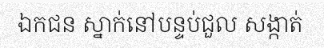
ឯកជន ស្នាក់នៅបន្ទប់ជួល សង្កាត់